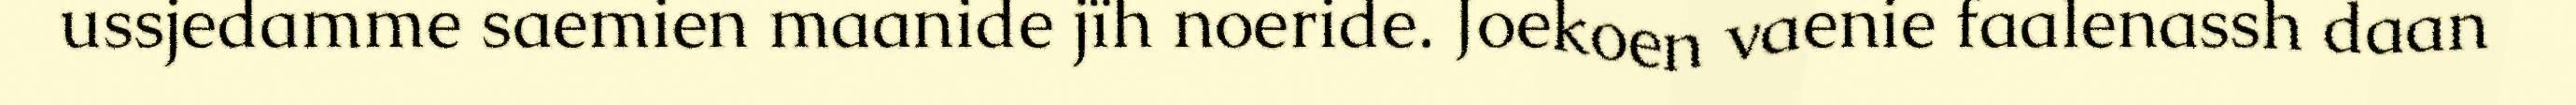
ussjedamme saemien maanide jïh noeride. Joekoen vaenie faalenassh daan